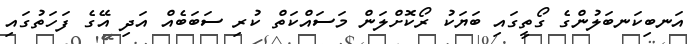
އަނބިކަނބަލުންގެ ގޯތީގައި ބަޔަކު ރޯކޮށްލަން މަސައްކަތް ކުރި ސަބަބެއް އަދި އޭގެ ފަހަތުގައި